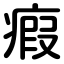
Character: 瘕